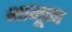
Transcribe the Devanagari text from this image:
भानूका